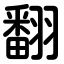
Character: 翻